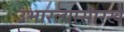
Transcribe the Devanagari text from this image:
उभारल्यासारखे